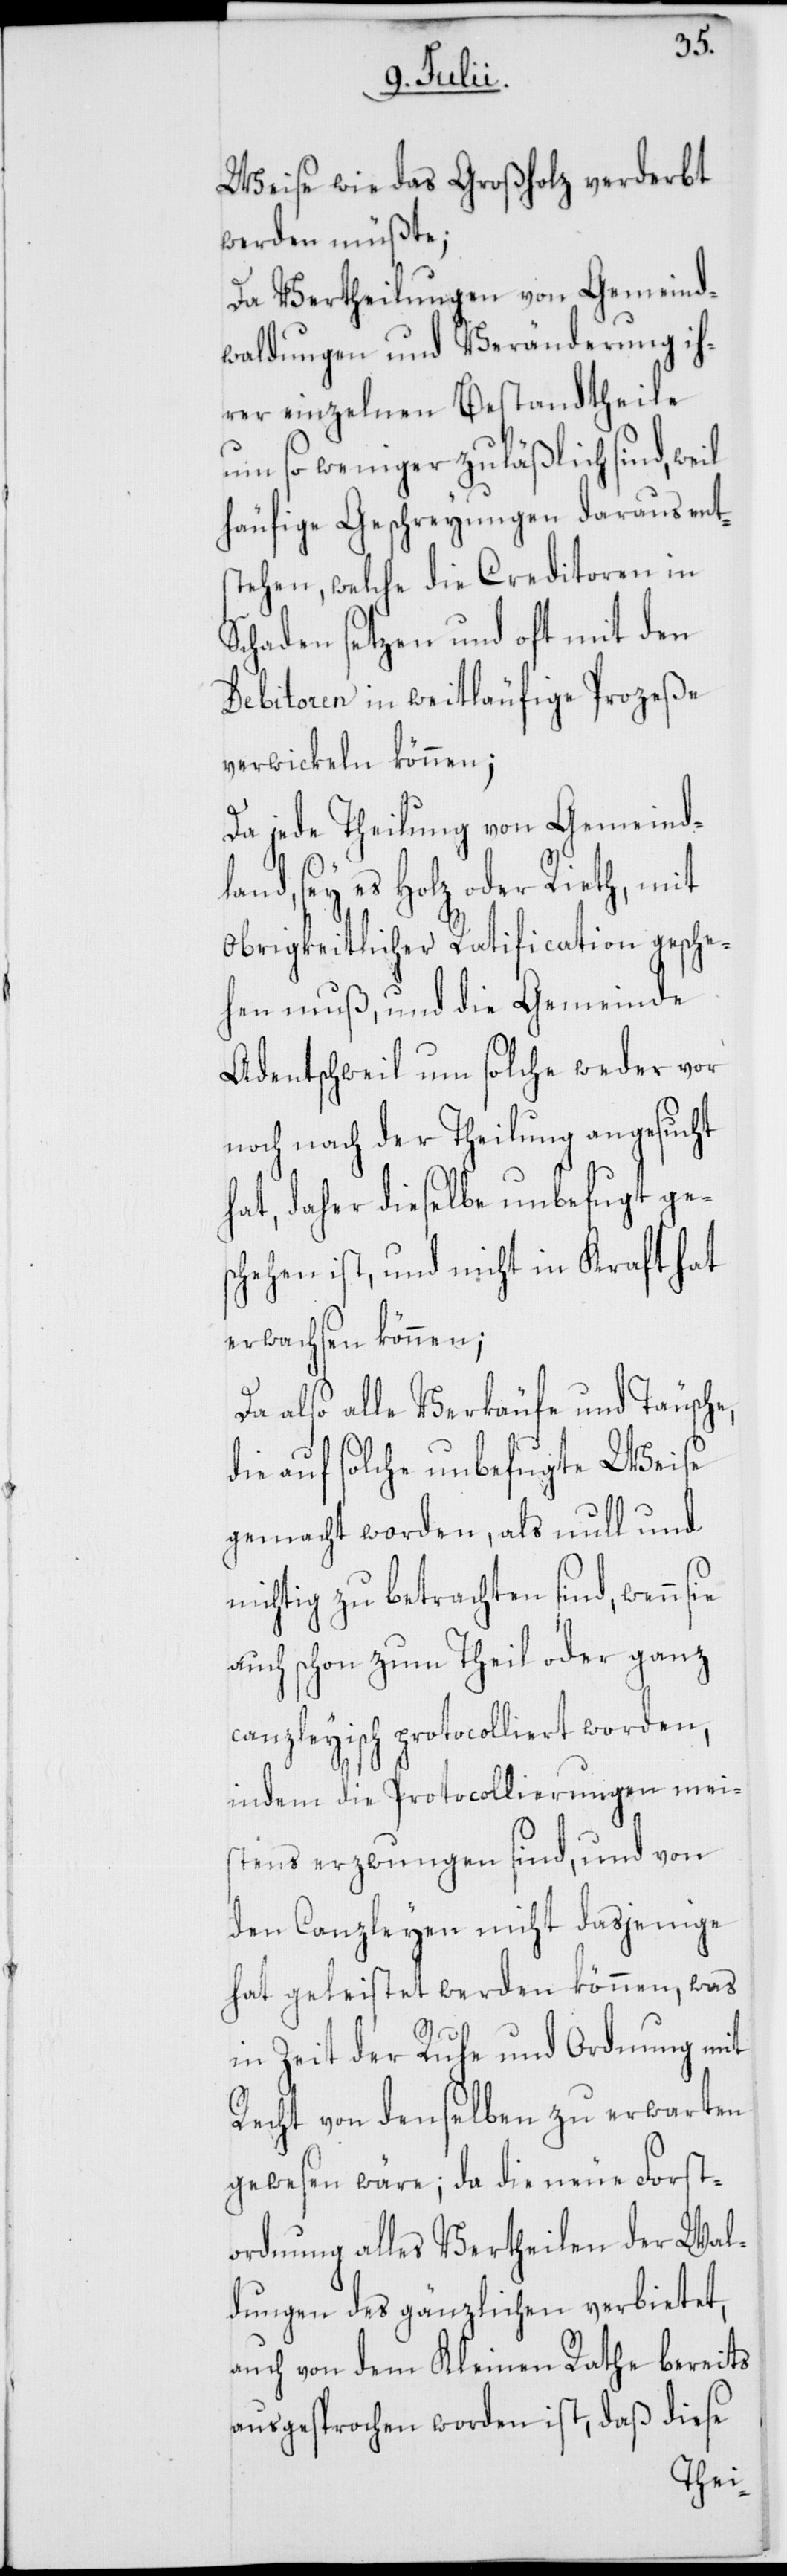
Weise wie das Großholz verderbt
werden müßte;
Da Vertheilungen von Gemeind¬
waldungen und Veränderung ih¬
rer einzelnen Bestandtheile
um so weniger zuläßlich sind, weil
häufige Geschreyungen daraus ent¬
stehen, welche die Creditoren in
Schaden setzen und oft mit den
Debitoren in weitläufige Prozeße
verwickeln können;
Da jede Theilung von Gemeind¬
land, sey es Holz oder Rieth, mit
Obrigkeitlicher Ratification gesche¬
hen muß, und die Gemeinde
Adentschweil um solche weder vor
noch nach der Theilung angesucht
hat, daher dieselbe unbefugt ges¬
chehen ist, und nicht in Kraft hat
erwachsen können;
Da also alle Verkäufe und Täusche,
die auf solche unbefugte Weise
gemacht worden, als null und
nichtig zu betrachten sind, wenn sie
auch schon zum Theil oder ganz
canzleyisch protocolliert worden,
indem die Protocollierungen mei¬
stens erzwungen sind, und von
den Canzleyen nicht dasjenige
hat geleistet werden können, was
in Zeit der Ruhe und Ordnung mit
Recht von denselben zu erwarten
gewesen wäre; da die neue Forst¬
ordnung alles Vertheilen der Wal¬
dungen des gänzlichen verbietet,
auch von dem Kleinen Rathe bereits
ausgesprochen worden ist, daß diese